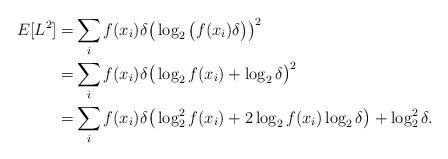
LaTeX: \begin{align*}E[L^2]=&\sum_i f(x_i)\delta \big(\log_2 {\big(f(x_i)\delta\big)}\big)^2 \\ =&\sum_i f(x_i)\delta \big(\log_2 {f(x_i)}+\log_2 {\delta}\big)^2 \\ =&\sum_i f(x_i)\delta\big(\log_2 ^2{f(x_i)}+2\log_2 {f(x_i)}\log_2{\delta}\big)+\log_2 ^2{\delta}.\end{align*}